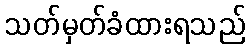
သတ်မှတ်ခံထားရသည်